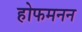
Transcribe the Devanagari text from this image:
होफमनन